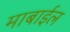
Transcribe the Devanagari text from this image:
माबाईल